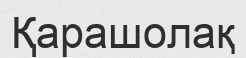
Қарашолақ